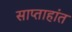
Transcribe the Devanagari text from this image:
साप्ताहांत